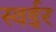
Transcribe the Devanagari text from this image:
स्वईर